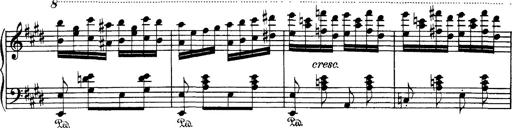
Title: Hungarian Rhapsody No.1
Composer: Franz Liszt
Key: C-sharp minor